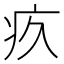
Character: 疚